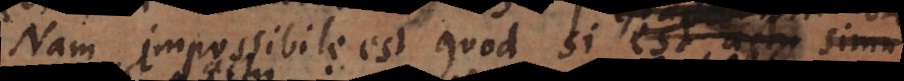
Nam impossibile est quod, si est actu,